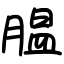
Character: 腽